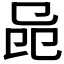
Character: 𠨕